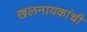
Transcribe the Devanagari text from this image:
खलनायकांची